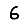
Digit: 6